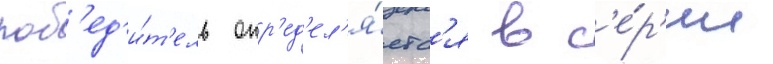
поб'ед'и́т'ель опр'ед'ел'я́етс'я в с'е́р'ии